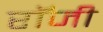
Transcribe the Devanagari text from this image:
राॅजी